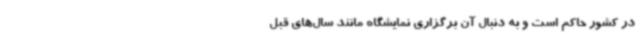
در کشور حاکم است و به دنبال آن برگزاری نمایشگاه مانند سال‌های قبل